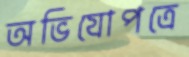
অভিযোপত্রে